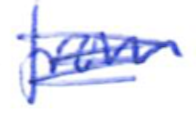
Text: from
Cross-out: scratch
Writing tool: ballpoint